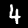
Digit: 4